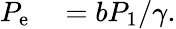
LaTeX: \begin{array}{rl}{P_{\mathrm{e}}}&{{}=bP_{1}/\gamma.}\end{array}